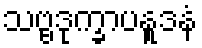
သဗ္ဗဒုက္ခာပနူဒနံ